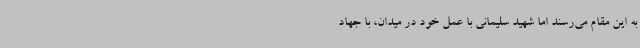
به این مقام می‌رسند اما شهید سلیمانی با عمل خود در میدان، با جهاد